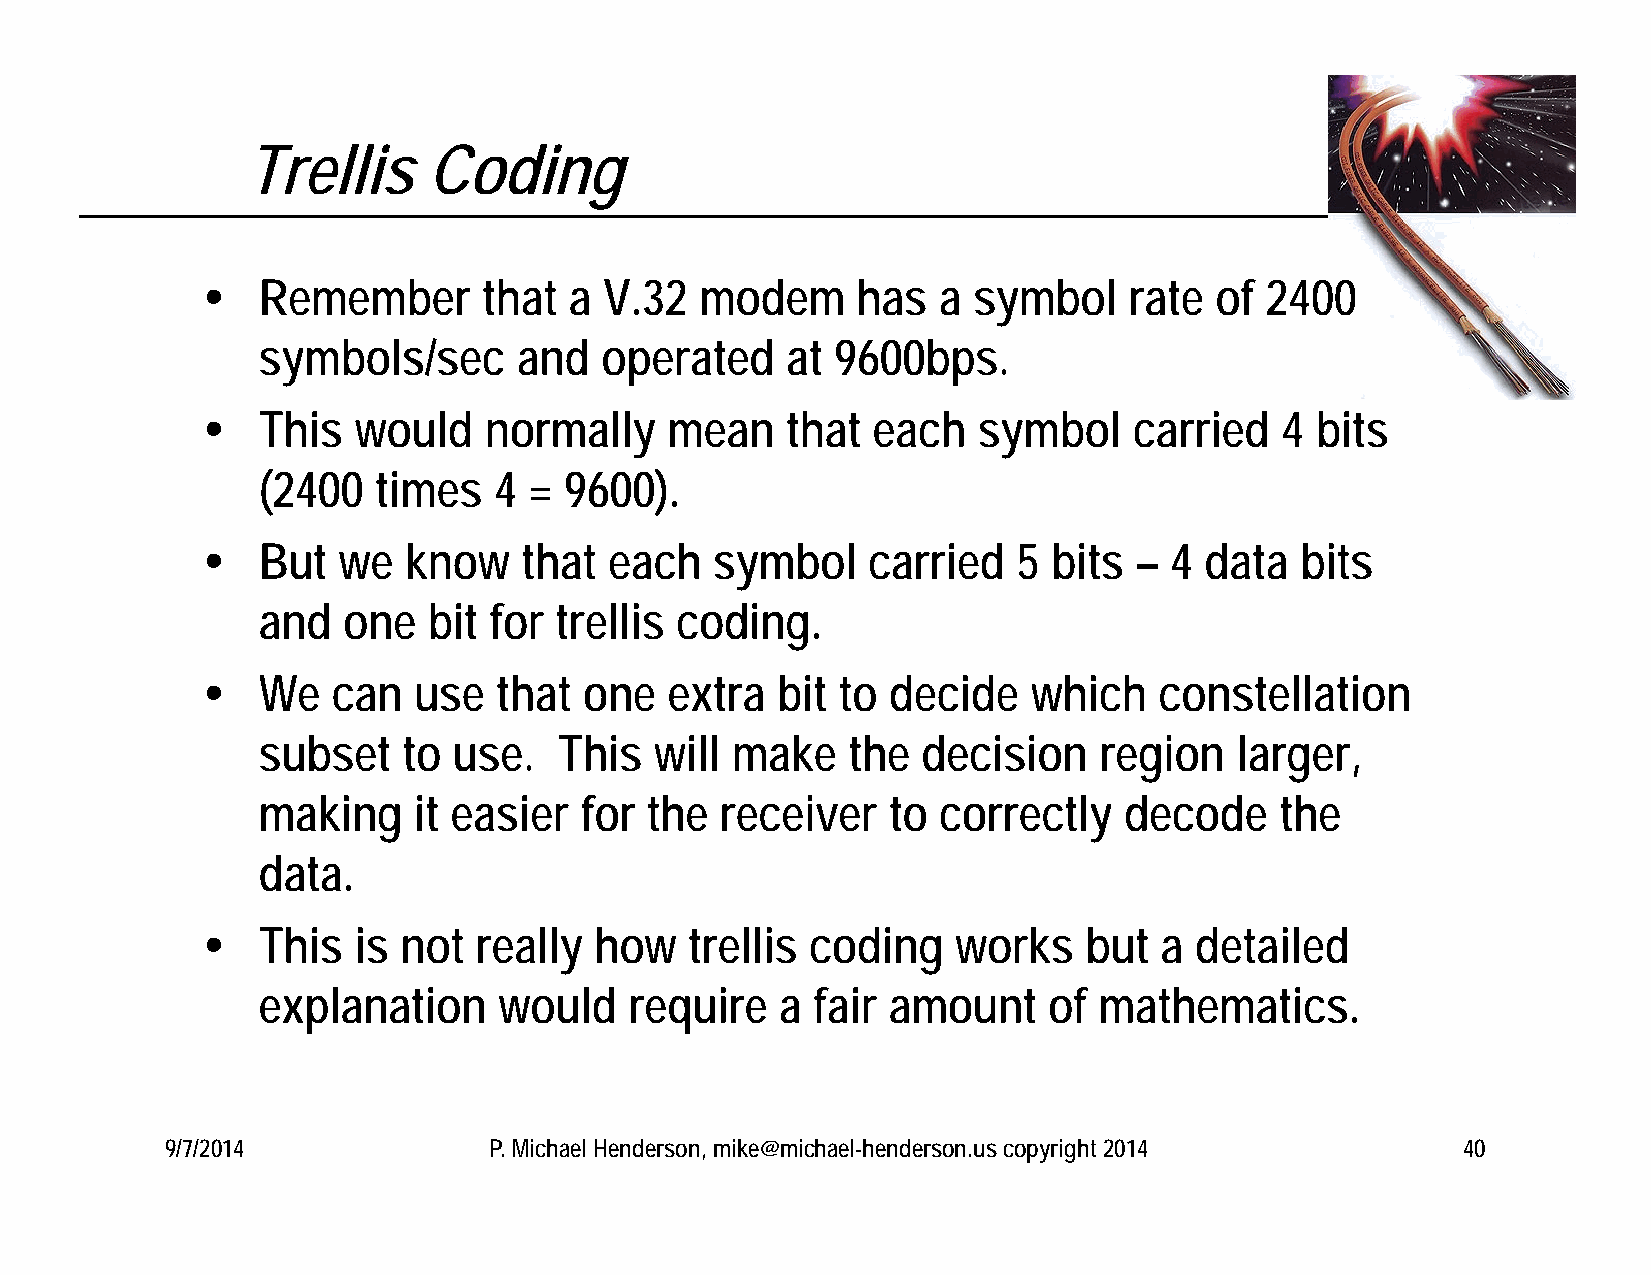
Trellis     Coding
    Remember       that  a V.32  modem      has  a symbol     rate of  2400
 symbols/sec      and   operated    at 9600bps.
    This  would    normally    mean    that  each   symbol    carried   4 bits
 (2400   times   4 = 9600).
    But  we   know    that each   symbol    carried   5  bits – 4  data  bits
 and   one  bit for  trellis coding.
    We   can  use   that  one  extra  bit  to decide   which    constellation
 subset    to use.   This  will make    the  decision    region   larger,
 making    it easier  for  the  receiver   to correctly   decode     the
 data.
    This  is  not really  how    trellis coding   works    but  a detailed
 explanation     would    require   a fair amount    of  mathematics.
 9/7/2014             P. Michael Henderson, mike@michael-henderson.us copyright 2014   40